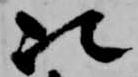
次